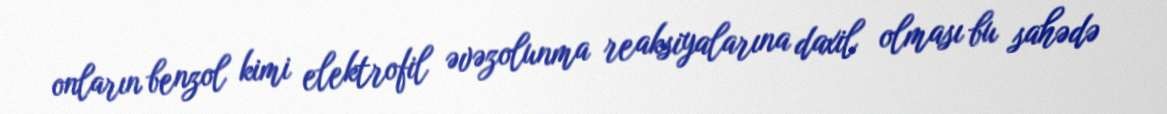
onların benzol kimi elektrofil əvəzolunma reaksiyalarına daxil olması bu sahədə